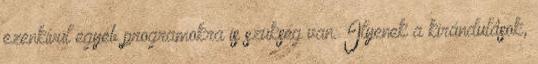
ezenkívül egyéb programokra is szükség van. Ilyenek a kirándulások,